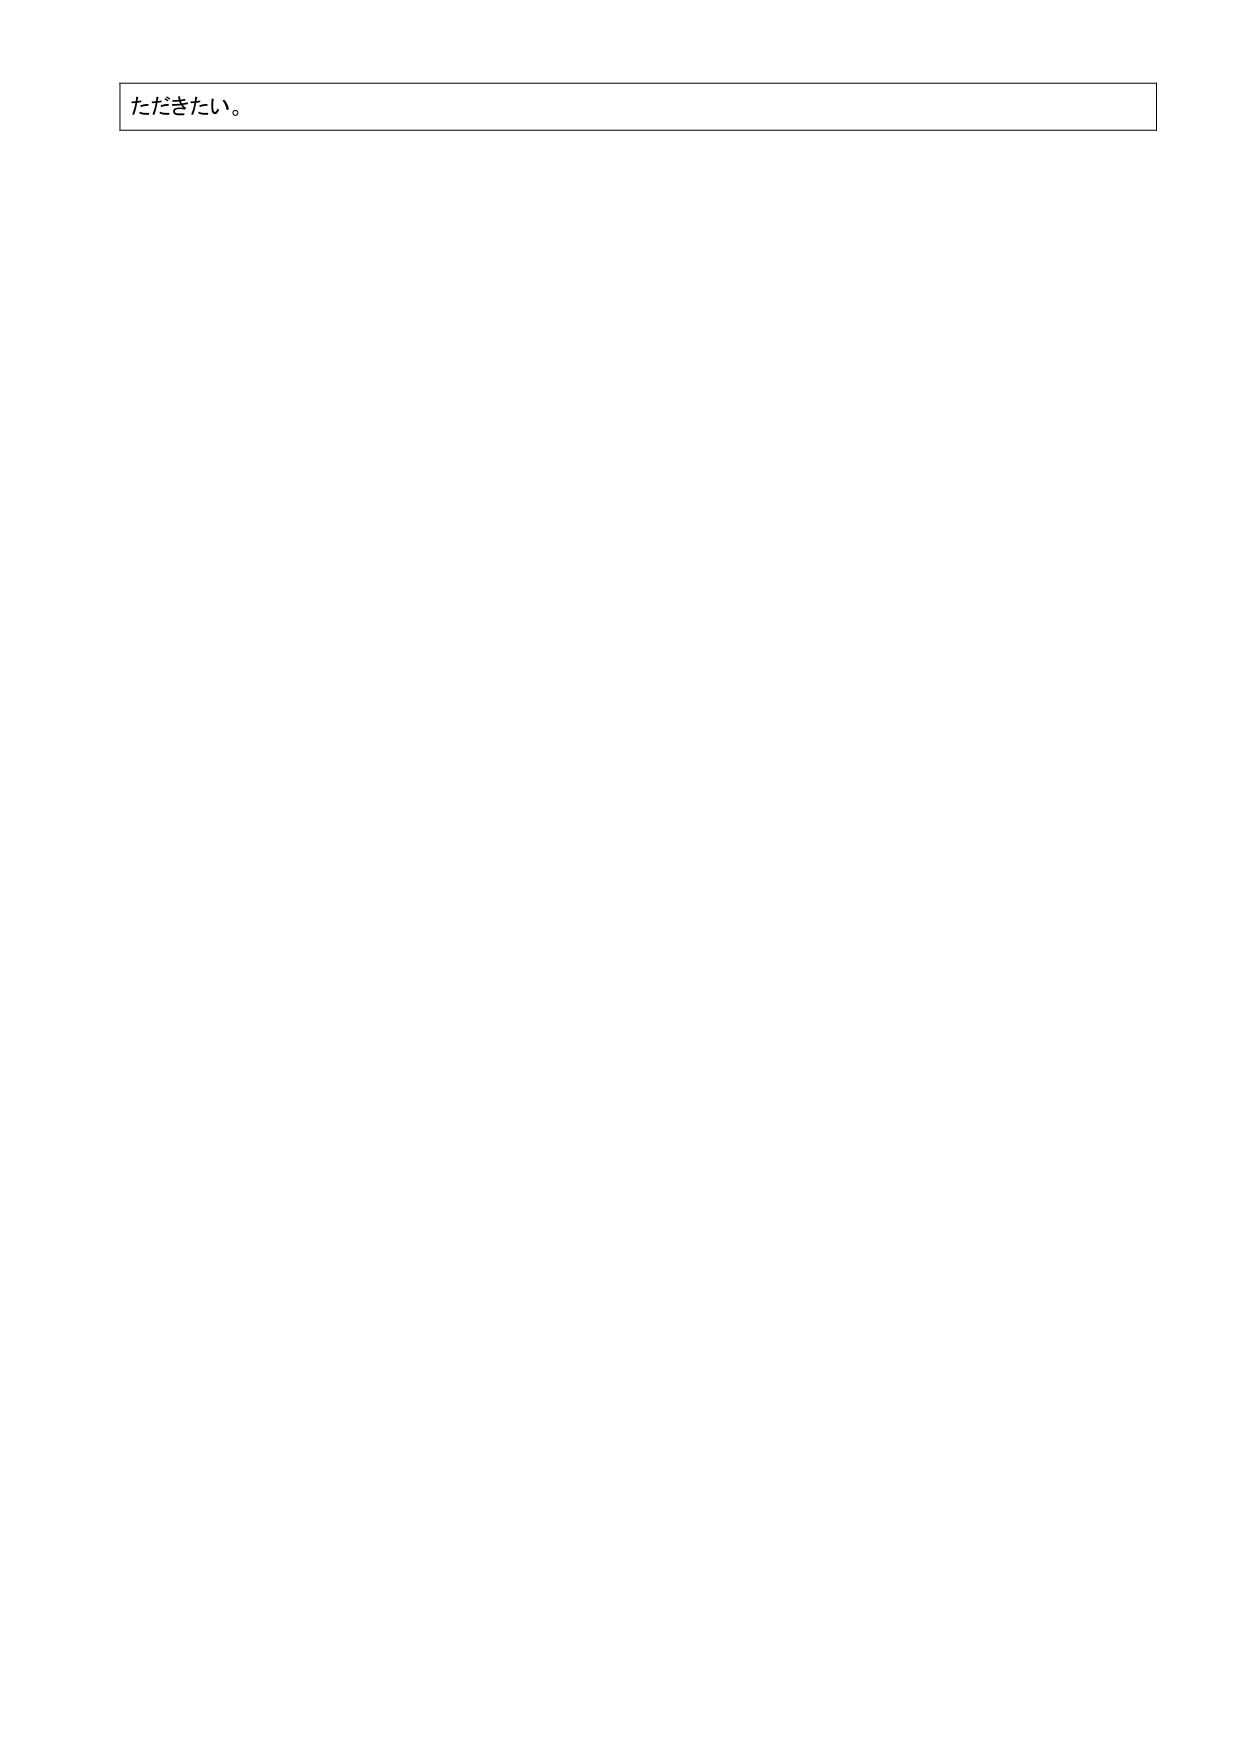
ただきたい。